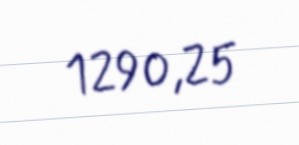
1290,25